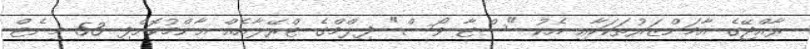
ރާއްޖޭގެ އާމަންޒަރުތަކަކާއި އެކު "ސްޓާ ވޯސް" ފިލްމްގެ ޓްރޭލާއެއް އާންމުކޮށްފި 53 މިނެޓް